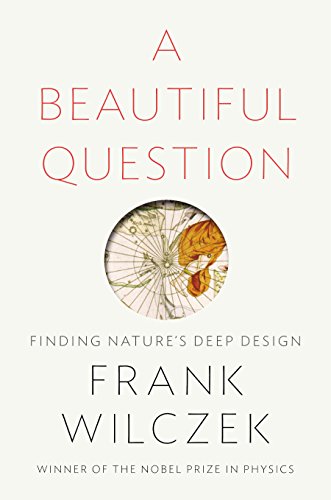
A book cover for A Beautiful Question: Finding Nature's Deep Design; Frank Wilczek; Science & Math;